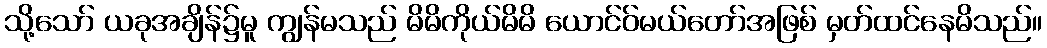
သို့သော် ယခုအချိန်၌မူ ကျွန်မသည် မိမိကိုယ်မိမိ ယောင်ဝ်မယ်တော်အဖြစ် မှတ်ထင်နေမိသည်။